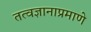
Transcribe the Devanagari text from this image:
तत्वज्ञानाप्रमाणे